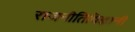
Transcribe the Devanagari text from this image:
राजनीतिविज्ञानी